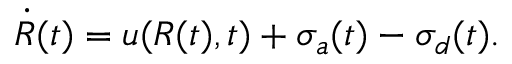
\dot { R } ( t ) = u ( R ( t ) , t ) + \sigma _ { a } ( t ) - \sigma _ { d } ( t ) .